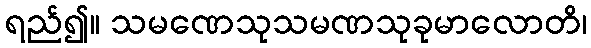
ရည်၍။ သမဏေသုသမဏသုခုမာလောတိ၊